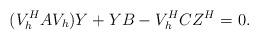
LaTeX: \begin{align*} (V_h^HAV_{h})Y + Y B - V_h^HC Z^H=0.\end{align*}